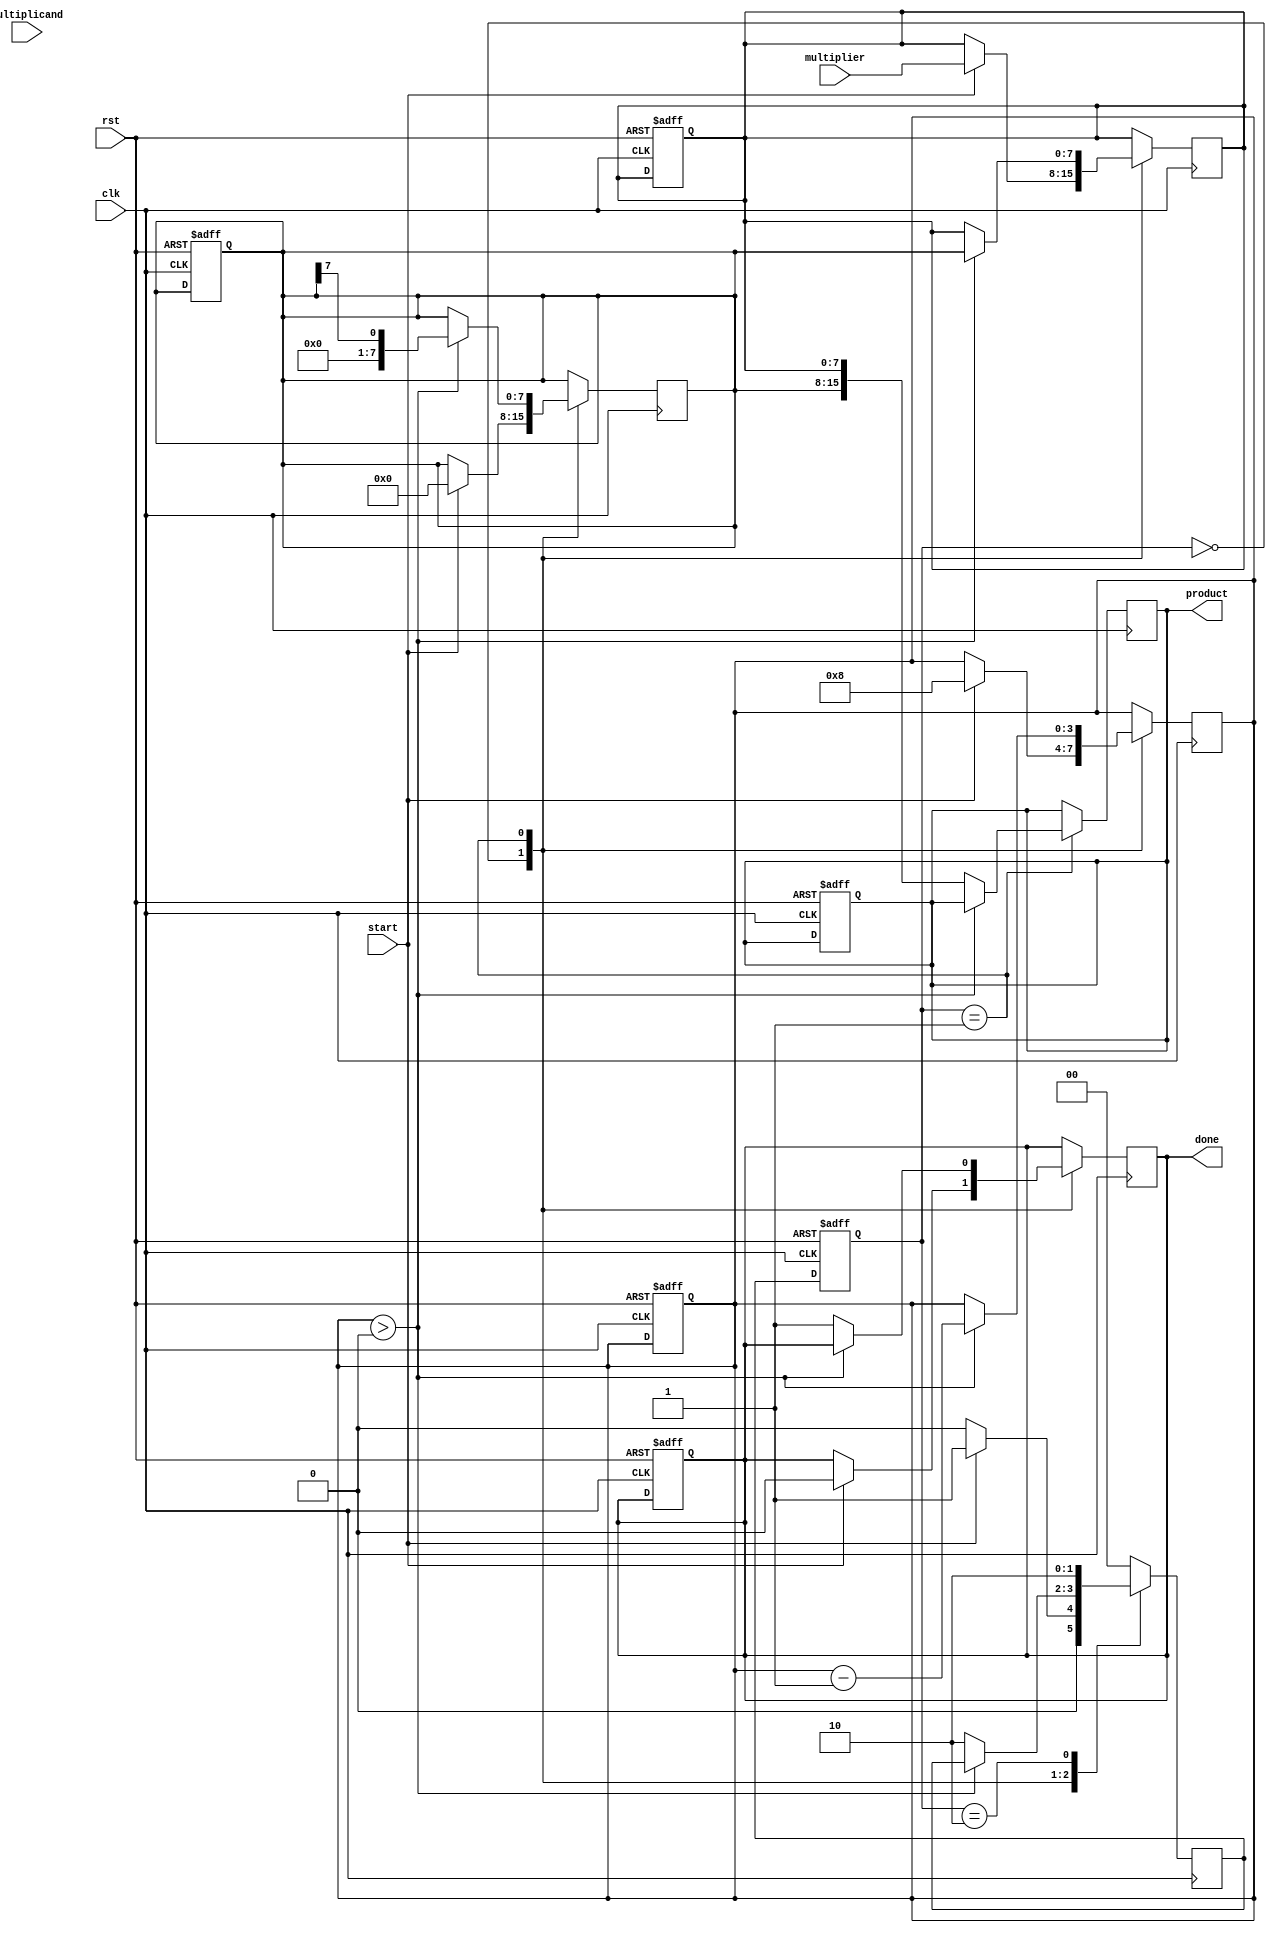
module booth_multiplier #(parameter N = 8) (
    input wire [N-1:0] multiplicand,
    input wire [N-1:0] multiplier,
    input wire start,
    input wire clk,
    input wire rst,
    output reg [2*N-1:0] product,
    output reg done
);
    
    reg [N-1:0] A;         // Accumulator
    reg [N-1:0] Q;         // Multiplier
    reg Q1;                // Previous bit of Q
    reg [N-1:0] M;         // Negated multiplicand
    reg [3:0] count;       // Counter for iterations
    reg [2*N-1:0] combined; // Combined A and Q for shifting
    reg [1:0] state;       // FSM state
    reg [1:0] next_state;

    localparam IDLE = 2'b00;
    localparam EXECUTE = 2'b01;
    localparam DONE = 2'b10;

    always @(posedge clk or posedge rst) begin
        if (rst) begin
            A <= 0;
            Q <= 0;
            Q1 <= 0;
            M <= ~multiplicand + 1; // Two's complement for negation
            product <= 0;
            count <= 0;
            state <= IDLE;
            done <= 0;
        end else begin
            state <= next_state;
        end
    end

    always @(posedge clk) begin
        case (state)
            IDLE: begin
                if (start) begin
                    A <= 0;
                    Q <= multiplier;
                    Q1 <= 0;
                    count <= N; // Set count for N multiplications
                    done <= 0;
                    next_state <= EXECUTE;
                end else begin
                    next_state <= IDLE;
                end
            end
            
            EXECUTE: begin
                if (count > 0) begin
                    // Check Q[0] and Q1
                    if (Q[0] == 1 && Q1 == 0) begin
                        A <= A + M; // A = A - M
                    end else if (Q[0] == 0 && Q1 == 1) begin
                        A <= A + multiplicand; // A = A + M
                    end // If both Q[0] and Q1 are 0 or 1, nothing is done
                    
                    // Perform arithmetic right shift
                    combined = {A, Q}; // Combine A and Q
                    if (combined[2*N-1] == 1) begin
                        // If the sign bit is 1, extend with 1
                        combined = {combined[2*N-1], combined[2*N-1:N]};
                    end else begin
                        // Otherwise, extend with 0
                        combined = {combined[2*N-1], combined[2*N-1:N]};
                    end
                    A <= combined[2*N-1:N]; // New A
                    Q <= combined[N-1:0]; // New Q
                    Q1 <= Q[0]; // Update Q1
                    count <= count - 1; // Decrement counter
                end else begin
                    product <= {A, Q}; // Assign product
                    done <= 1; // Indicate done
                    next_state <= DONE;
                end
            end
            
            DONE: begin
                next_state <= DONE; // Remain in DONE state
            end

            default: begin
                next_state <= IDLE;
            end
        endcase
    end
endmodule